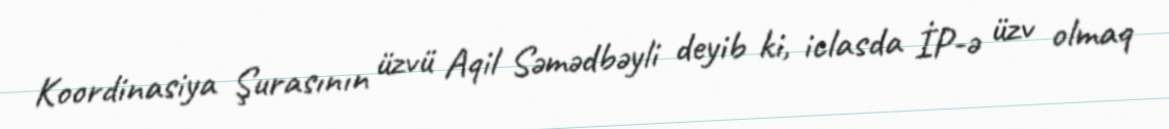
Koordinasiya Şurasının üzvü Aqil Səmədbəyli deyib ki, iclasda İP-ə üzv olmaq